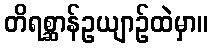
တိရစ္ဆာန်ဥယျာဉ်ထဲမှာ။